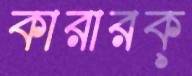
কারারক্